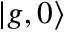
\left| g , 0 \right\rangle